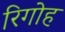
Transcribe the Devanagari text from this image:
रिगोह